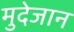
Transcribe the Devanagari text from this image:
मुदेजान